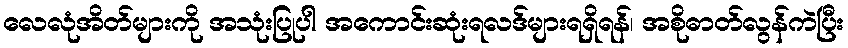
လေလုံအိတ်များကို အသုံးပြုပါ အကောင်းဆုံးရလဒ်များရရှိရန်၊ အစိုဓာတ်လွန်ကဲပြီး